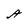
Character: A